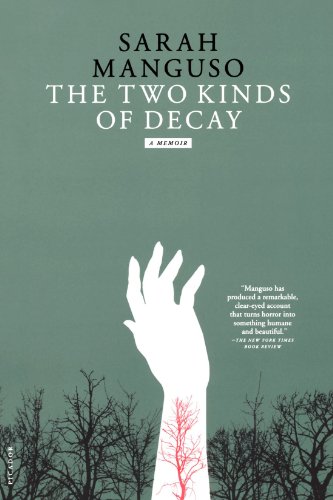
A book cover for The Two Kinds of Decay: A Memoir; Sarah Manguso; Health, Fitness & Dieting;